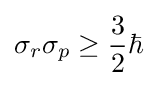
\sigma _{r}\sigma _{p}\geq {\frac {3}{2}}\hbar